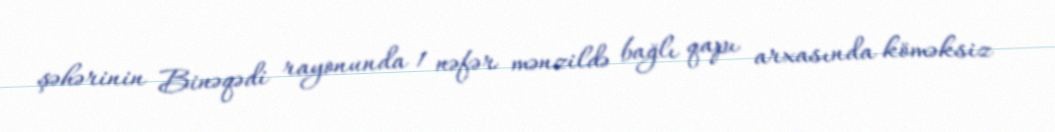
şəhərinin Binəqədi rayonunda 1 nəfər mənzildə bağlı qapı arxasında köməksiz